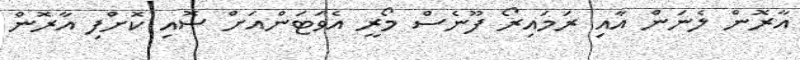
އާރޮން ލެނަން އާއި ރަމައިރޯ ފޫނެސް މޯރީ އެވަޓަންއަށް ސޮއި ކޮށްފި އާރޮން